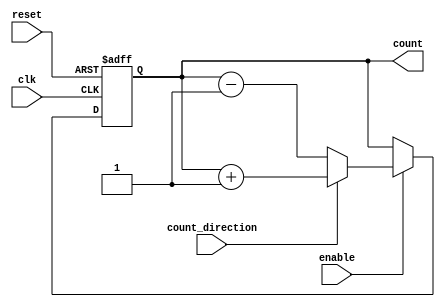
module binary_counter #(
    parameter N = 4  // Number of bits for the counter
) (
    input wire clk,            // Clock signal
    input wire reset,          // Asynchronous reset signal
    input wire enable,         // Enable signal for counting
    input wire count_direction, // Control signal for counting direction (1 for up, 0 for down)
    output reg [N-1:0] count   // Current count value
);

    // Asynchronous reset and counter logic
    always @(posedge clk or posedge reset) begin
        if (reset) begin
            count <= 0; // Reset the counter to zero
        end else if (enable) begin
            if (count_direction) begin
                // Count up
                count <= count + 1;
            end else begin
                // Count down
                count <= count - 1;
            end
        end
    end

endmodule